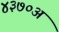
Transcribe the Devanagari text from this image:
४३७०अ